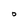
Character: O